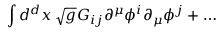
\int d ^ { d } x \, \sqrt { g } G _ { i j } \partial ^ { \mu } \phi ^ { i } \partial _ { \mu } \phi ^ { j } + \ldots